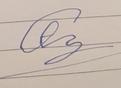
Signature authenticity: forged